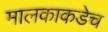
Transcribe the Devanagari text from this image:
मालकाकडेच